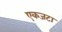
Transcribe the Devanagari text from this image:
एकजटा